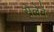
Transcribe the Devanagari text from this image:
सेलेने